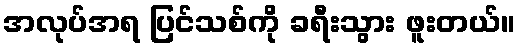
အလုပ်အရ ပြင်သစ်ကို ခရီးသွား ဖူးတယ်။